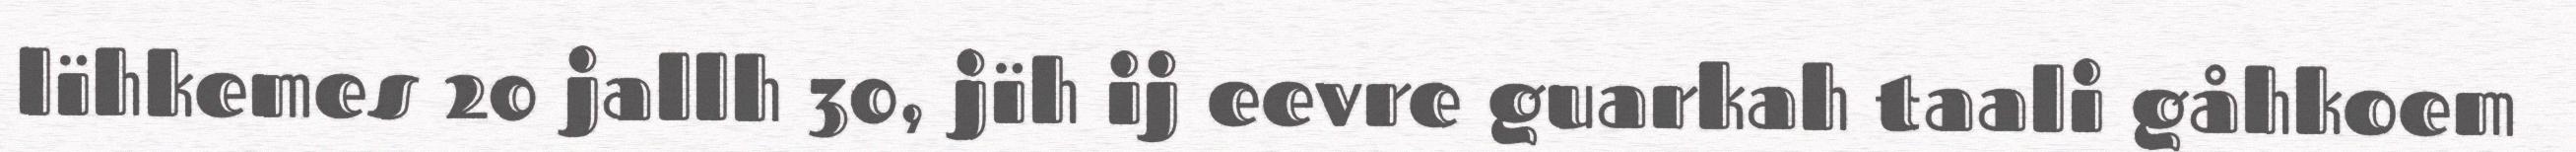
lïhkemes 20 jallh 30, jïh ij eevre guarkah taali gåhkoem